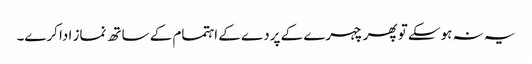
یہ نہ ہوسکے تو پھر چہرے کے پردے کے اہتمام کے ساتھ نماز ادا کرے۔